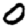
Digit: 0